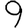
Digit: 9